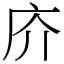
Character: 庎